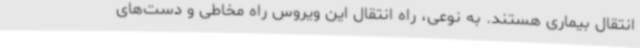
انتقال بیماری هستند. به نوعی، راه انتقال این ویروس راه مخاطی و دست‌های